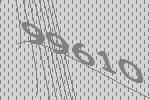
99610